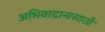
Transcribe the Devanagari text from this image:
अभिवादानासाठी